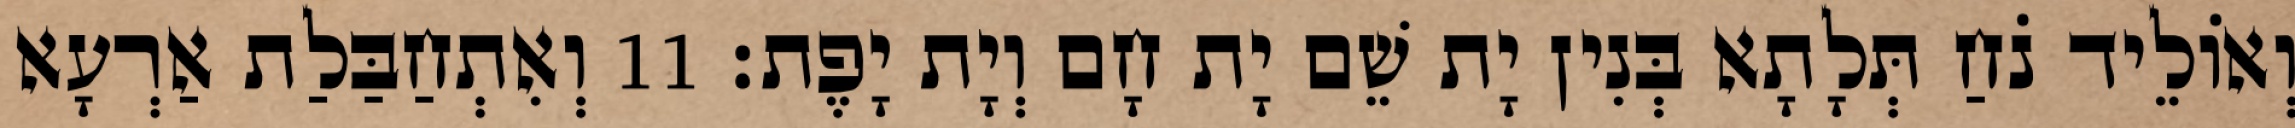
וְאוֹלֵיד נֹחַ תְּלָתָא בְּנִין יָת שֵׁם יָת חָם וְיָת יָפֶת׃ 11 וְאִתְחַבַּלַת אַרְעָא